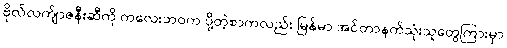
ဗိုလ်လက်ျာဇနီးဆီကို ကလေးဘဝက ပို့တဲ့စာကလည်း မြန်မာ အင်တာနက်သုံးသူတွေကြားမှာ